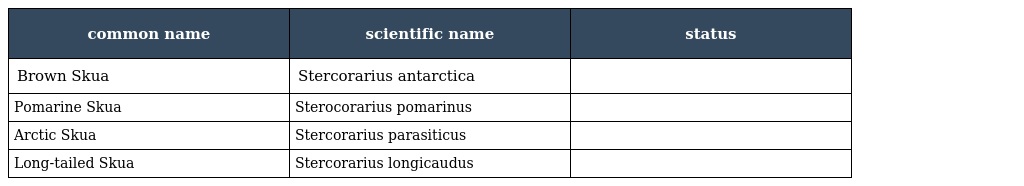
| common name | scientific name | status |
 | --- | --- | --- |
 | Brown Skua | Stercorarius antarctica |  |
 | Pomarine Skua | Sterocorarius pomarinus |  |
 | Arctic Skua | Stercorarius parasiticus |  |
 | Long-tailed Skua | Stercorarius longicaudus |  |